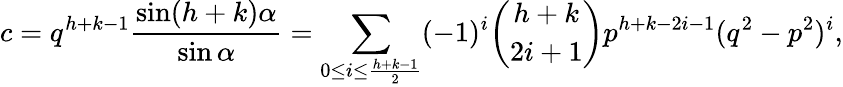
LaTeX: c=q^{h+k-1}{\frac{\sin(h+k)\alpha}{\sin\alpha}}=\sum_{0\leq i\leq{\frac{h+k-1}{2}}}(-1)^{i}{\binom{h+k}{2i+1}}p^{h+k-2i-1}(q^{2}-p^{2})^{i},